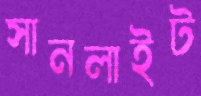
সানলাইট